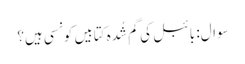
سوال: بائبل کی گم شُدہ کتابیں کونسی ہیں؟